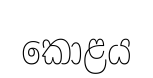
කොළය